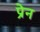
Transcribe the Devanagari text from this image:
प्रेन